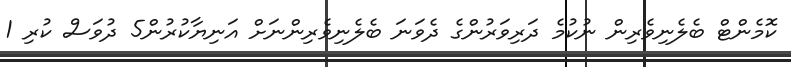
ކޮމެންޓް ބެލެނިވެރިން ނުކުމެ ދަރިވަރުންގެ ދެވަނަ ބެލެނިވެރިންނަށް އަނިޔާކުރުން5 ދުވަސް ކުރި 1